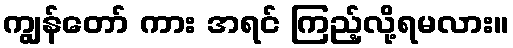
ကျွန်တော် ကား အရင် ကြည့်လို့ရမလား။